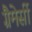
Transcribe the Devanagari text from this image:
ग्रैमेर्सी